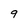
Character: 9